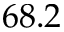
6 8 . 2